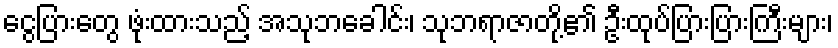
ငွေပြားတွေ ဖုံးထားသည့် အသုဘခေါင်း၊ သုဘရာဇာတို့၏ ဦးထုပ်ပြားပြားကြီးများ၊